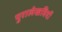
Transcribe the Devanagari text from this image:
पुरालेखविदों